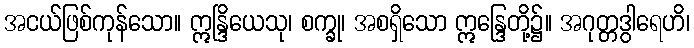
အငယ်ဖြစ်ကုန်သော။ ဣန္ဒြိယေသု၊ စက္ခု၊ အစရှိသော ဣန္ဒြေတို့၌။ အဂုတ္တဒွါရေဟိ၊